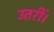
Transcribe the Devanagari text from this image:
उतरीं।